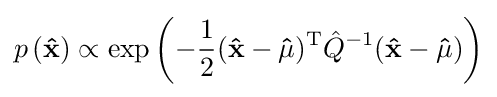
p\left(\mathbf {\hat {x}} \right)\propto \exp \left(-{\frac {1}{2}}(\mathbf {\hat {x}} -\mathbf {\hat {\mu }} )^{\mathrm {T} }{\hat {Q}}^{-1}(\mathbf {\hat {x}} -\mathbf {\hat {\mu }} )\right)